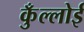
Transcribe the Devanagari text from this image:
कुँल्लोई